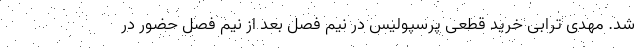
شد. مهدی ترابی خرید قطعی پرسپولیس در نیم فصل بعد از نیم فصل حضور در